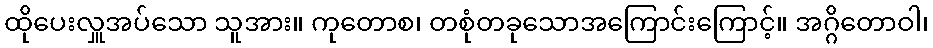
ထိုပေးလှူအပ်သော သူအား။ ကုတောစ၊ တစုံတခုသောအကြောင်းကြောင့်။ အဂ္ဂိတောဝါ၊